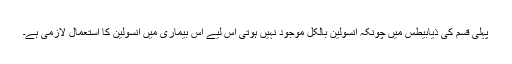
پہلی قسم کی ذیابیطس میں چونکہ انسولین بالکل موجود نہیں ہوتی اس لیے اس بیماری میں انسولین کا استعمال لازمی ہے۔